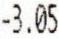
-3.05